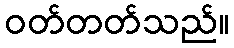
ဝတ်တတ်သည်။